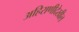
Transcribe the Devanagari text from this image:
अहिराणीदेखील